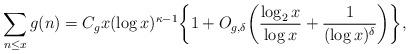
LaTeX: \begin{align*}\sum_{n\leq x} g(n) = C_gx(\log x)^{\kappa-1} \bigg\{1+ O_{g, \delta}\bigg(\frac{\log_2x}{\log x} + \frac{1}{(\log x)^{\delta}}\bigg)\bigg\},\end{align*}